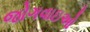
જોગવાઇઓ